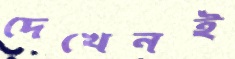
দেখেনই